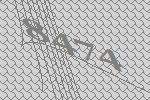
8474